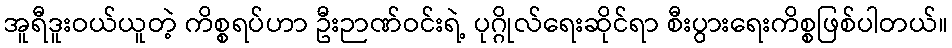
အူရီဒူးဝယ်ယူတဲ့ ကိစ္စရပ်ဟာ ဦးဉာဏ်ဝင်းရဲ့ ပုဂ္ဂိုလ်ရေးဆိုင်ရာ စီးပွားရေးကိစ္စဖြစ်ပါတယ်။